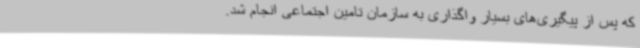
که پس از پیگیری‌های بسیار واگذاری به سازمان تامین اجتماعی انجام شد.